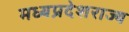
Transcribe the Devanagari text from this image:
मध्यप्रदेशराज्य